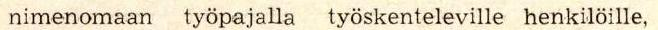
nimenomaan työpajalla työskenteleville henkilöille,